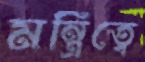
মন্ত্রিত্বে